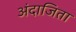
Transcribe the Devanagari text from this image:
अंदाजिता